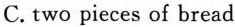
C. two pieces of bread